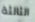
الثالثة